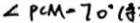
\angle P C M - 7 0 ^ { \circ } (